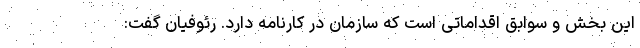
این بخش و سوابق اقداماتی است که سازمان در کارنامه دارد. رئوفیان گفت: